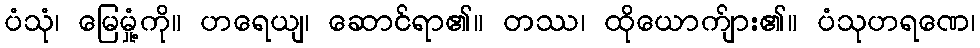
ပံသုံ၊ မြေမှုံ့ကို။ ဟရေယျ၊ ဆောင်ရာ၏။ တဿ၊ ထိုယောက်ျား၏။ ပံသုဟရဏေ၊